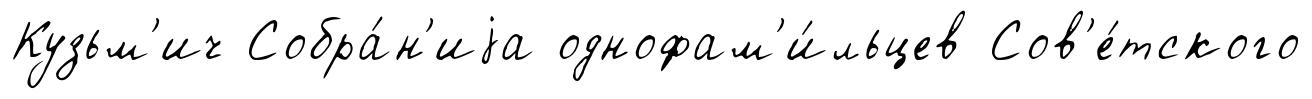
Кузьм'ич Собра́н'иjа однофам'и́льцев Сов'е́тского